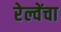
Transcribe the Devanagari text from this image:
रेल्वेंचा